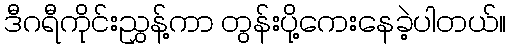
ဒီဂရီကိုင်းညွှန့်ကာ တွန်းပို့ကေးနေခဲ့ပါတယ်။